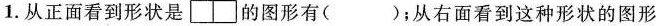
②1.从正面看到形状是{\Box } {\Box } 的图形有()；从右面看到这种形状的图形